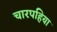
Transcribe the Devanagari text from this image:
चारपहिया